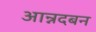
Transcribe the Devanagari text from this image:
आन्नदबन